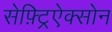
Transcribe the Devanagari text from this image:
सेफ़्ट्रिऐक्सोन